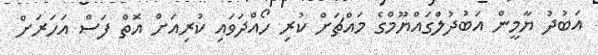
އަބުދު ޔާމީން އަބުދުލްގައްޔޫމްގެ މައްޗަށް ކުރި ހޯއްދަވައި ކުރިއަށް އޮތް ފަސް އަހަރަށް